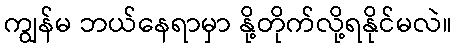
ကျွန်မ ဘယ်နေရာမှာ နို့တိုက်လို့ရနိုင်မလဲ။